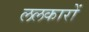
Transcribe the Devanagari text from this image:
ललकारों